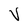
Character: V